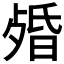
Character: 𣨯